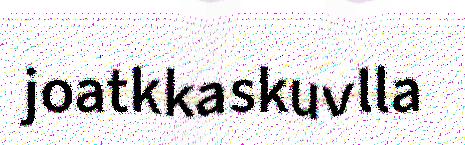
joatkkaskuvlla